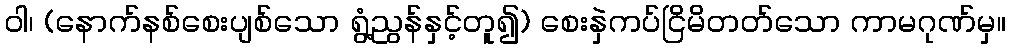
ဝါ၊ (နောက်နစ်စေးပျစ်သော ရွံ့ညွန်နှင့်တူ၍) စေးနှဲကပ်ငြိမိတတ်သော ကာမဂုဏ်မှ။